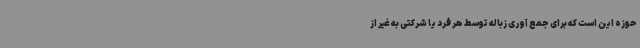
حوزه این است که برای جمع آوری زباله توسط هر فرد یا شرکتی به غیر از